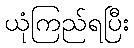
ယုံကြည်ရပြီး